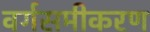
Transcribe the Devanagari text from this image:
वर्गसमीकरण